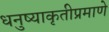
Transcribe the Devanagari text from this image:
धनुष्याकृतीप्रमाणे